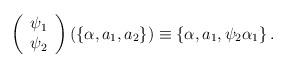
LaTeX: \begin{align*}\left( \begin{array}{c}\psi _1 \\ \psi _2\end{array}\right) \left( \left\{ \alpha ,a_1,a_2\right\} \right) \equiv \left\{ \alpha,a_1,\psi _2\alpha _1\right\} .\end{align*}